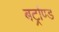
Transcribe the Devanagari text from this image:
बर्ट्राण्ड